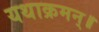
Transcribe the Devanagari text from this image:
यथाक्रमन्॥